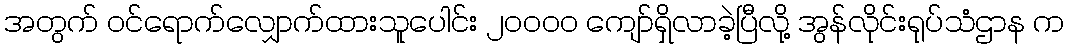
အတွက် ဝင်ရောက်လျှောက်ထားသူပေါင်း ၂၀၀၀၀ ကျော်ရှိလာခဲ့ပြီလို့ အွန်လိုင်းရုပ်သံဌာန က